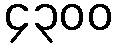
၄၃၀၀